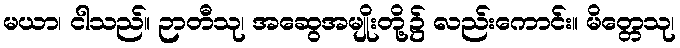
မယာ၊ ငါသည်။ ဉာတီသု၊ အဆွေအမျိုးတို့၌ လည်းကောင်း။ မိတ္တေသု၊